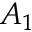
A _ { 1 }